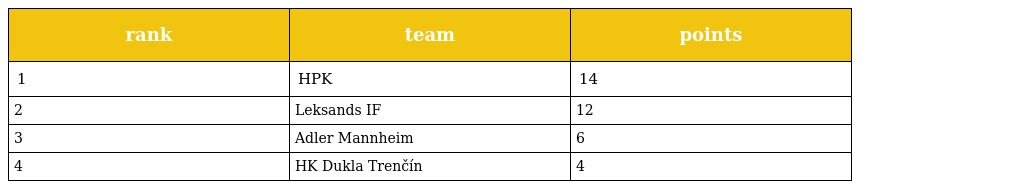
| rank | team | points |
 | --- | --- | --- |
 | 1 | HPK | 14 |
 | 2 | Leksands IF | 12 |
 | 3 | Adler Mannheim | 6 |
 | 4 | HK Dukla Trenčín | 4 |